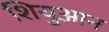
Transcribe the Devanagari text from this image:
शियुआन